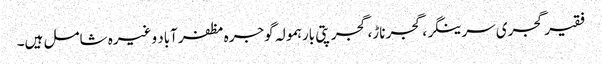
فقیر گجری سرینگر، گجر ناڑ، گجر پتی بارہمولہ گوجرہ مظفرآباد وغیرہ شامل ہیں۔